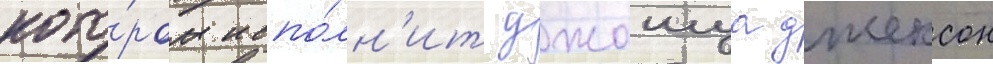
кото́ром испо́лн'ит джошуа джексон